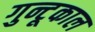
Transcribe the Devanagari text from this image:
गुन्टूकाल